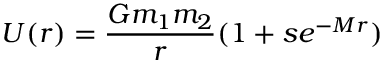
U ( r ) = \frac { G m _ { 1 } m _ { 2 } } { r } ( 1 + s e ^ { - M r } )